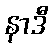
နာဒီ